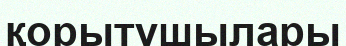
қорытушылары